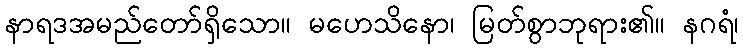
နာရဒအမည်တော်ရှိသော။ မဟေသိနော၊ မြတ်စွာဘုရား၏။ နဂရံ၊